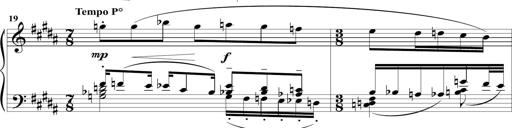
Title: Sonatine MÃ©lancolique
Composer: Julian Raoul Besset